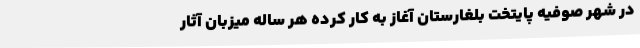
در شهر صوفیه پایتخت بلغارستان آغاز به کار کرده هر ساله میزبان آثار